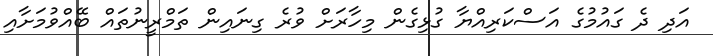
އަދި ދެ ގައުމުގެ އަސްކަރިއްޔާ ގުޅިގެން މިހާރަށް ވުރެ ގިނައިން ތަމްރީނުތައް ބޭއްވުމަށާއި